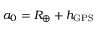
a _ { 0 } = R _ { \oplus } + h _ { \mathrm { G P S } }